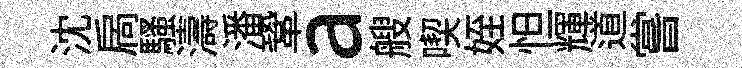
沈扄騷濤潘鞏a艘喫姪怛輝道嘗